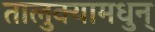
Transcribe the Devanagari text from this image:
तालुक्यामधुन्